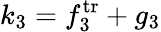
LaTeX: k_{3}=f_{3}^{\mathrm{tr}}+g_{3}